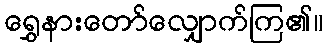
ရွှေနားတော်လျှောက်ကြ၏။